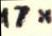
17x